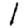
Digit: 1